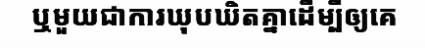
ឬមួយជាការឃុបឃិតគ្នាដើម្បីឲ្យគេ